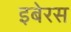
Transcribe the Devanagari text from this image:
इबेरस